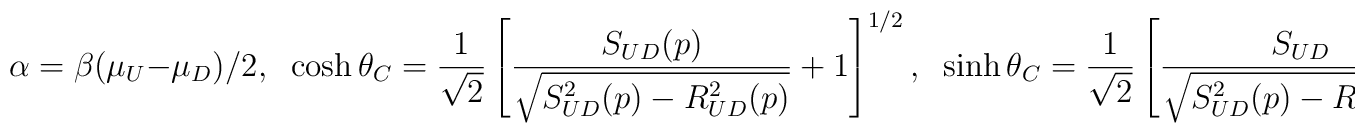
\alpha=\beta(\mu_U-\mu_D)/2, \;\;\cosh\theta_C=\frac{1}{\sqrt{2}}\left[\frac{S_{UD}(p)}{\sqrt{S_{UD}^2(p)-R_{UD}^2(p)}}+1\right]^{1/2},\;\;\sinh\theta_C=\frac{1}{\sqrt{2}}\left[\frac{S_{UD}}{\sqrt{S_{UD}^2(p)-R_{UD}^2(p)}}-1\right]^{1/2}